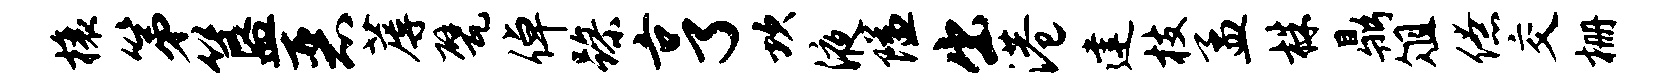
榱第簋恶蓐甓倬躁亨坎液隘出港建枝孟株鼎俎僚交栅